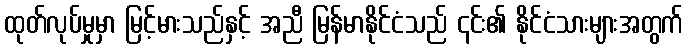
ထုတ်လုပ်မှုမှာ မြင့်မားသည်နှင့် အညီ မြန်မာနိုင်ငံသည် ၎င်း၏ နိုင်ငံသားများအတွက်